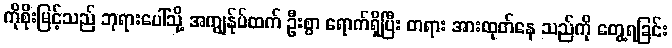
ကိုစိုးမြင့်သည် ဘုရားပေါ်သို့ အကျွန်ုပ်ထက် ဦးစွာ ရောက်ရှိပြီး တရား အားထုတ်နေ သည်ကို တွေ့ရခြင်း